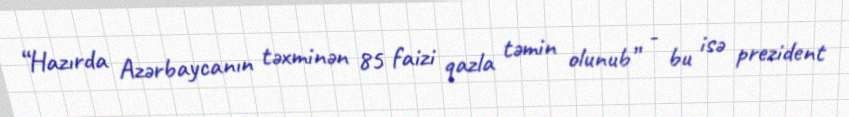
“Hazırda Azərbaycanın təxminən 85 faizi qazla təmin olunub” - bu isə prezident